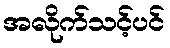
အလိုက်သင့်ပင်